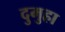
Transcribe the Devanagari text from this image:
दुमुहा